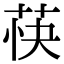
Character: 𬜴